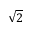
\sqrt { 2 }